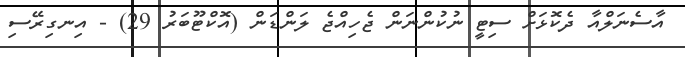
އާސެނަލްއާ ދެކޮޅަށް ސިޓީ ނުކުންނަން ޖެހިއްޖެ ލަންޑަން (އޮކްޓޫބަރު 29) - އިނގިރޭސި